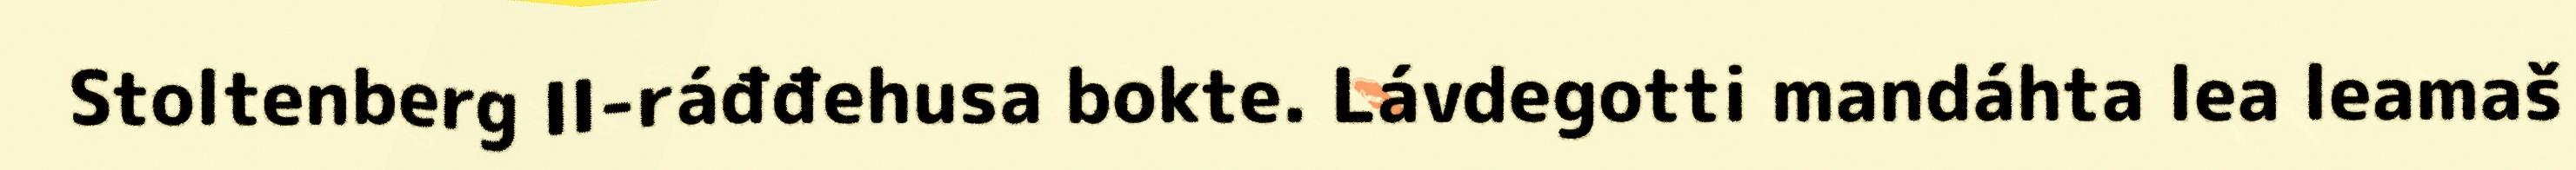
Stoltenberg II-ráđđehusa bokte. Lávdegotti mandáhta lea leamaš